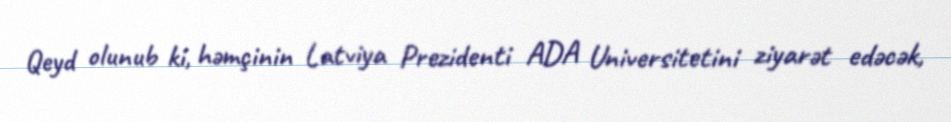
Qeyd olunub ki, həmçinin Latviya Prezidenti ADA Universitetini ziyarət edəcək,